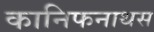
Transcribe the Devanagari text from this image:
कानिफनाथस